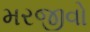
મરજીવો